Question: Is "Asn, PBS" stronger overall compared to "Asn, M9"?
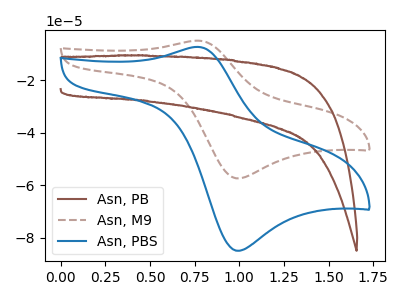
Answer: <think>The brown curve "Asn, PB" has no peaks. The brown dashed curve "Asn, M9" has an anodic peak at (0.75V, -4.95uA) and a cathodic peak at (1.00V, -57.35uA). The blue curve "Asn, PBS" has an anodic peak at (0.75V, -7.30uA) and a cathodic peak at (1.00V, -84.90uA).
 All the peaks in "Asn, PBS" have a peak in "Asn, M9" at the same potential.</think>
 <answer>I cant tell if "Asn, PBS" or "Asn, M9" has more signal.</answer>
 <eval>mixed_signal</eval>